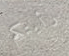
رأيتكم